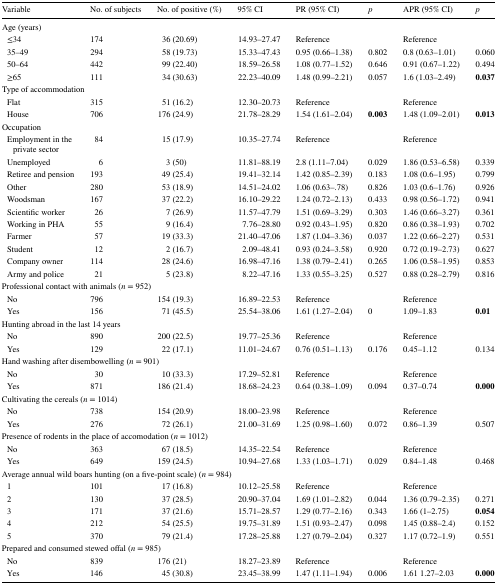
<table><thead><tr><td><b>Variable</b></td><td><b>No. of subjects</b></td><td><b>No. of positive (%)</b></td><td><b>95% CI</b></td><td><b>PR (95% CI)</b></td><td><b><i>p</i></b></td><td><b>APR (95% CI)</b></td><td><b><i>p</i></b></td></tr></thead><tbody><tr><td colspan="8">Age (years)</td></tr><tr><td> ≤34</td><td>174</td><td>36 (20.69)</td><td>14.93–27.47</td><td colspan="2">Reference</td><td colspan="2">Reference</td></tr><tr><td> 35–49</td><td>294</td><td>58 (19.73)</td><td>15.33–47.43</td><td>0.95 (0.66–1.38)</td><td>0.802</td><td>0.8 (0.63–1.01)</td><td>0.060</td></tr><tr><td> 50–64</td><td>442</td><td>99 (22.40)</td><td>18.59–26.58</td><td>1.08 (0.77–1.52)</td><td>0.646</td><td>0.91 (0.67–1.22)</td><td>0.494</td></tr><tr><td> ≥65</td><td>111</td><td>34 (30.63)</td><td>22.23–40.09</td><td>1.48 (0.99–2.21)</td><td>0.057</td><td>1.6 (1.03–2.49)</td><td><b>0.037</b></td></tr><tr><td colspan="8">Type of accommodation</td></tr><tr><td> Flat</td><td>315</td><td>51 (16.2)</td><td>12.30–20.73</td><td colspan="2">Reference</td><td colspan="2">Reference</td></tr><tr><td> House</td><td>706</td><td>176 (24.9)</td><td>21.78–28.29</td><td>1.54 (1.61–2.04)</td><td><b>0.003</b></td><td>1.48 (1.09–2.01)</td><td><b>0.013</b></td></tr><tr><td colspan="8">Occupation</td></tr><tr><td> Employment in the private sector</td><td>84</td><td>15 (17.9)</td><td>10.35–27.74</td><td colspan="2">Reference</td><td colspan="2">Reference</td></tr><tr><td> Unemployed</td><td>6</td><td>3 (50)</td><td>11.81–88.19</td><td>2.8 (1.11–7.04)</td><td>0.029</td><td>1.86 (0.53–6.58)</td><td>0.339</td></tr><tr><td> Retiree and pension</td><td>193</td><td>49 (25.4)</td><td>19.41–32.14</td><td>1.42 (0.85–2.39)</td><td>0.183</td><td>1.08 (0.6–1.95)</td><td>0.799</td></tr><tr><td> Other</td><td>280</td><td>53 (18.9)</td><td>14.51–24.02</td><td>1.06 (0.63–.78)</td><td>0.826</td><td>1.03 (0.6–1.76)</td><td>0.926</td></tr><tr><td> Woodsman</td><td>167</td><td>37 (22.2)</td><td>16.10–29.22</td><td>1.24 (0.72–2.13)</td><td>0.433</td><td>0.98 (0.56–1.72)</td><td>0.941</td></tr><tr><td> Scientific worker</td><td>26</td><td>7 (26.9)</td><td>11.57–47.79</td><td>1.51 (0.69–3.29)</td><td>0.303</td><td>1.46 (0.66–3.27)</td><td>0.361</td></tr><tr><td> Working in PHA</td><td>55</td><td>9 (16.4)</td><td>7.76–28.80</td><td>0.92 (0.43–1.95)</td><td>0.820</td><td>0.86 (0.38–1.93)</td><td>0.702</td></tr><tr><td> Farmer</td><td>57</td><td>19 (33.3)</td><td>21.40–47.06</td><td>1.87 (1.04–3.36)</td><td>0.037</td><td>1.22 (0.66–2.27)</td><td>0.531</td></tr><tr><td> Student</td><td>12</td><td>2 (16.7)</td><td>2.09–48.41</td><td>0.93 (0.24–3.58)</td><td>0.920</td><td>0.72 (0.19–2.73)</td><td>0.627</td></tr><tr><td> Company owner</td><td>114</td><td>28 (24.6)</td><td>16.98–47.16</td><td>1.38 (0.79–2.41)</td><td>0.265</td><td>1.06 (0.58–1.95)</td><td>0.853</td></tr><tr><td> Army and police</td><td>21</td><td>5 (23.8)</td><td>8.22–47.16</td><td>1.33 (0.55–3.25)</td><td>0.527</td><td>0.88 (0.28–2.79)</td><td>0.816</td></tr><tr><td colspan="8">Professional contact with animals (<i>n</i> = 952)</td></tr><tr><td> No</td><td>796</td><td>154 (19.3)</td><td>16.89–22.53</td><td colspan="2">Reference</td><td colspan="2">Reference</td></tr><tr><td> Yes</td><td>156</td><td>71 (45.5)</td><td>25.54–38.06</td><td>1.61 (1.27–2.04)</td><td>0</td><td>1.09–1.83</td><td><b>0.01</b></td></tr><tr><td colspan="8">Hunting abroad in the last 14 years</td></tr><tr><td> No</td><td>890</td><td>200 (22.5)</td><td>19.77–25.36</td><td colspan="2">Reference</td><td colspan="2">Reference</td></tr><tr><td> Yes</td><td>129</td><td>22 (17.1)</td><td>11.01–24.67</td><td>0.76 (0.51–1.13)</td><td>0.176</td><td>0.45–1.12</td><td>0.134</td></tr><tr><td colspan="8">Hand washing after disembowelling (<i>n</i> = 901)</td></tr><tr><td> No</td><td>30</td><td>10 (33.3)</td><td>17.29–52.81</td><td colspan="2">Reference</td><td colspan="2">Reference</td></tr><tr><td> Yes</td><td>871</td><td>186 (21.4)</td><td>18.68–24.23</td><td>0.64 (0.38–1.09)</td><td>0.094</td><td>0.37–0.74</td><td><b>0.000</b></td></tr><tr><td colspan="8">Cultivating the cereals (<i>n</i> = 1014)</td></tr><tr><td> No</td><td>738</td><td>154 (20.9)</td><td>18.00–23.98</td><td colspan="2">Reference</td><td colspan="2">Reference</td></tr><tr><td> Yes</td><td>276</td><td>72 (26.1)</td><td>21.00–31.69</td><td>1.25 (0.98–1.60)</td><td>0.072</td><td>0.86–1.39</td><td>0.507</td></tr><tr><td colspan="8">Presence of rodents in the place of accomodation (<i>n</i> = 1012)</td></tr><tr><td> No</td><td>363</td><td>67 (18.5)</td><td>14.35–22.54</td><td colspan="2">Reference</td><td colspan="2">Reference</td></tr><tr><td> Yes</td><td>649</td><td>159 (24.5)</td><td>10.94–27.68</td><td>1.33 (1.03–1.71)</td><td>0.029</td><td>0.84–1.48</td><td>0.468</td></tr><tr><td colspan="8">Average annual wild boars hunting (on a five-point scale) (<i>n</i> = 984)</td></tr><tr><td> 1</td><td>101</td><td>17 (16.8)</td><td>10.12–25.58</td><td colspan="2">Reference</td><td colspan="2">Reference</td></tr><tr><td> 2</td><td>130</td><td>37 (28.5)</td><td>20.90–37.04</td><td>1.69 (1.01–2.82)</td><td>0.044</td><td>1.36 (0.79–2.35)</td><td>0.271</td></tr><tr><td> 3</td><td>171</td><td>37 (21.6)</td><td>15.71–28.57</td><td>1.29 (0.77–2.16)</td><td>0.343</td><td>1.66 (1–2.75)</td><td><b>0.054</b></td></tr><tr><td> 4</td><td>212</td><td>54 (25.5)</td><td>19.75–31.89</td><td>1.51 (0.93–2.47)</td><td>0.098</td><td>1.45 (0.88–2.4)</td><td>0.152</td></tr><tr><td> 5</td><td>370</td><td>79 (21.4)</td><td>17.28–25.88</td><td>1.27 (0.79–2.04)</td><td>0.327</td><td>1.17 (0.72–1.9)</td><td>0.551</td></tr><tr><td colspan="8">Prepared and consumed stewed offal (<i>n</i> = 985)</td></tr><tr><td> No</td><td>839</td><td>176 (21)</td><td>18.27–23.89</td><td colspan="2">Reference</td><td colspan="2">Reference</td></tr><tr><td> Yes</td><td>146</td><td>45 (30.8)</td><td>23.45–38.99</td><td>1.47 (1.11–1.94)</td><td>0.006</td><td>1.61 1.27–2.03</td><td><b>0.000</b></td></tr></tbody></table>